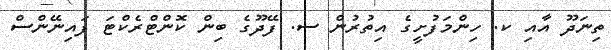
ތިނަދޫ އާއި ކ. ހިންމަފުށީގެ އިތުރުން ސ. ފޭދޫގެ ބިން ކޮންޓްރެކްޓަ ފައިނޭންސް